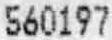
560197